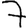
Digit: 7